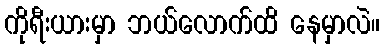
ကိုရီးယားမှာ ဘယ်လောက်ထိ နေမှာလဲ။